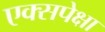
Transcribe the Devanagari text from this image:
एक्सपेक्षा